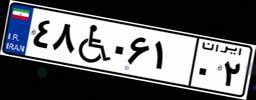
۴۸W۰۶۱۰۲